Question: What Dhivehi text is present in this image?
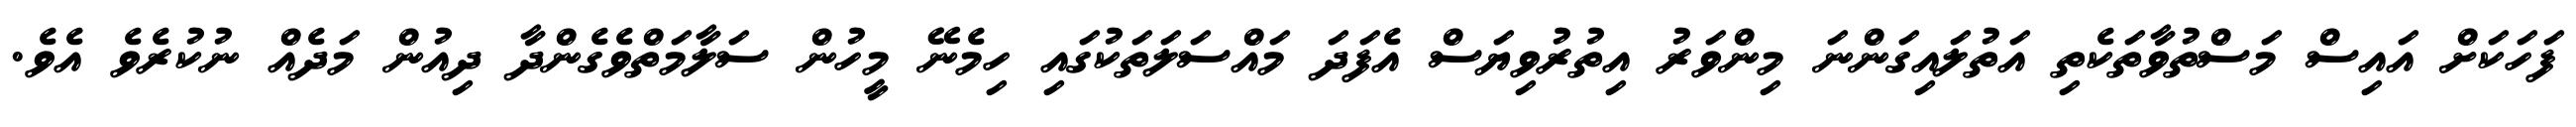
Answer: ފަހަކަށް އައިސް މަސްތުވާތަކެތި އަތުލައިގަންނަ މިންވަރު އިތުރުވިޔަސް އެފަދަ މައްސަލަތަކުގައި ހިމެނޭ މީހުން ސަލާމަތްވެގެންދާ ދިއުން މަދެއް ނުކުރެވެ އެވެ.